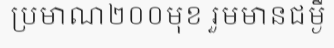
ប្រមាណ២០០មុខ រួមមានជម្ងឺ